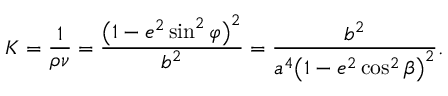
K = { \frac { 1 } { \rho \nu } } = { \frac { { \bigl ( } 1 - e ^ { 2 } \sin ^ { 2 } \varphi { \bigr ) } ^ { 2 } } { b ^ { 2 } } } = { \frac { b ^ { 2 } } { a ^ { 4 } { \bigl ( } 1 - e ^ { 2 } \cos ^ { 2 } \beta { \bigr ) } ^ { 2 } } } .